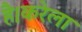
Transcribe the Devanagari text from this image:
है।करेला